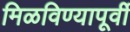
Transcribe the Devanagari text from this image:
मिळविण्यापूर्वी